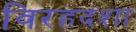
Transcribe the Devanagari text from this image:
विरहदशा